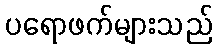
ပရောဖက်များသည်